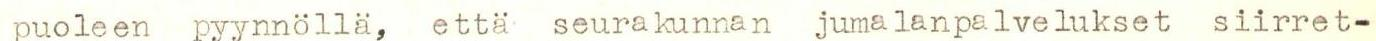
puoleen pyynnöllä, että seurakunnan jumalanpalvelukset siirret-